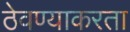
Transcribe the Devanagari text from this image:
ठेवण्याकरता